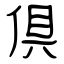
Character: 倶